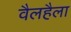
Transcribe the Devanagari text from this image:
वैलहैला